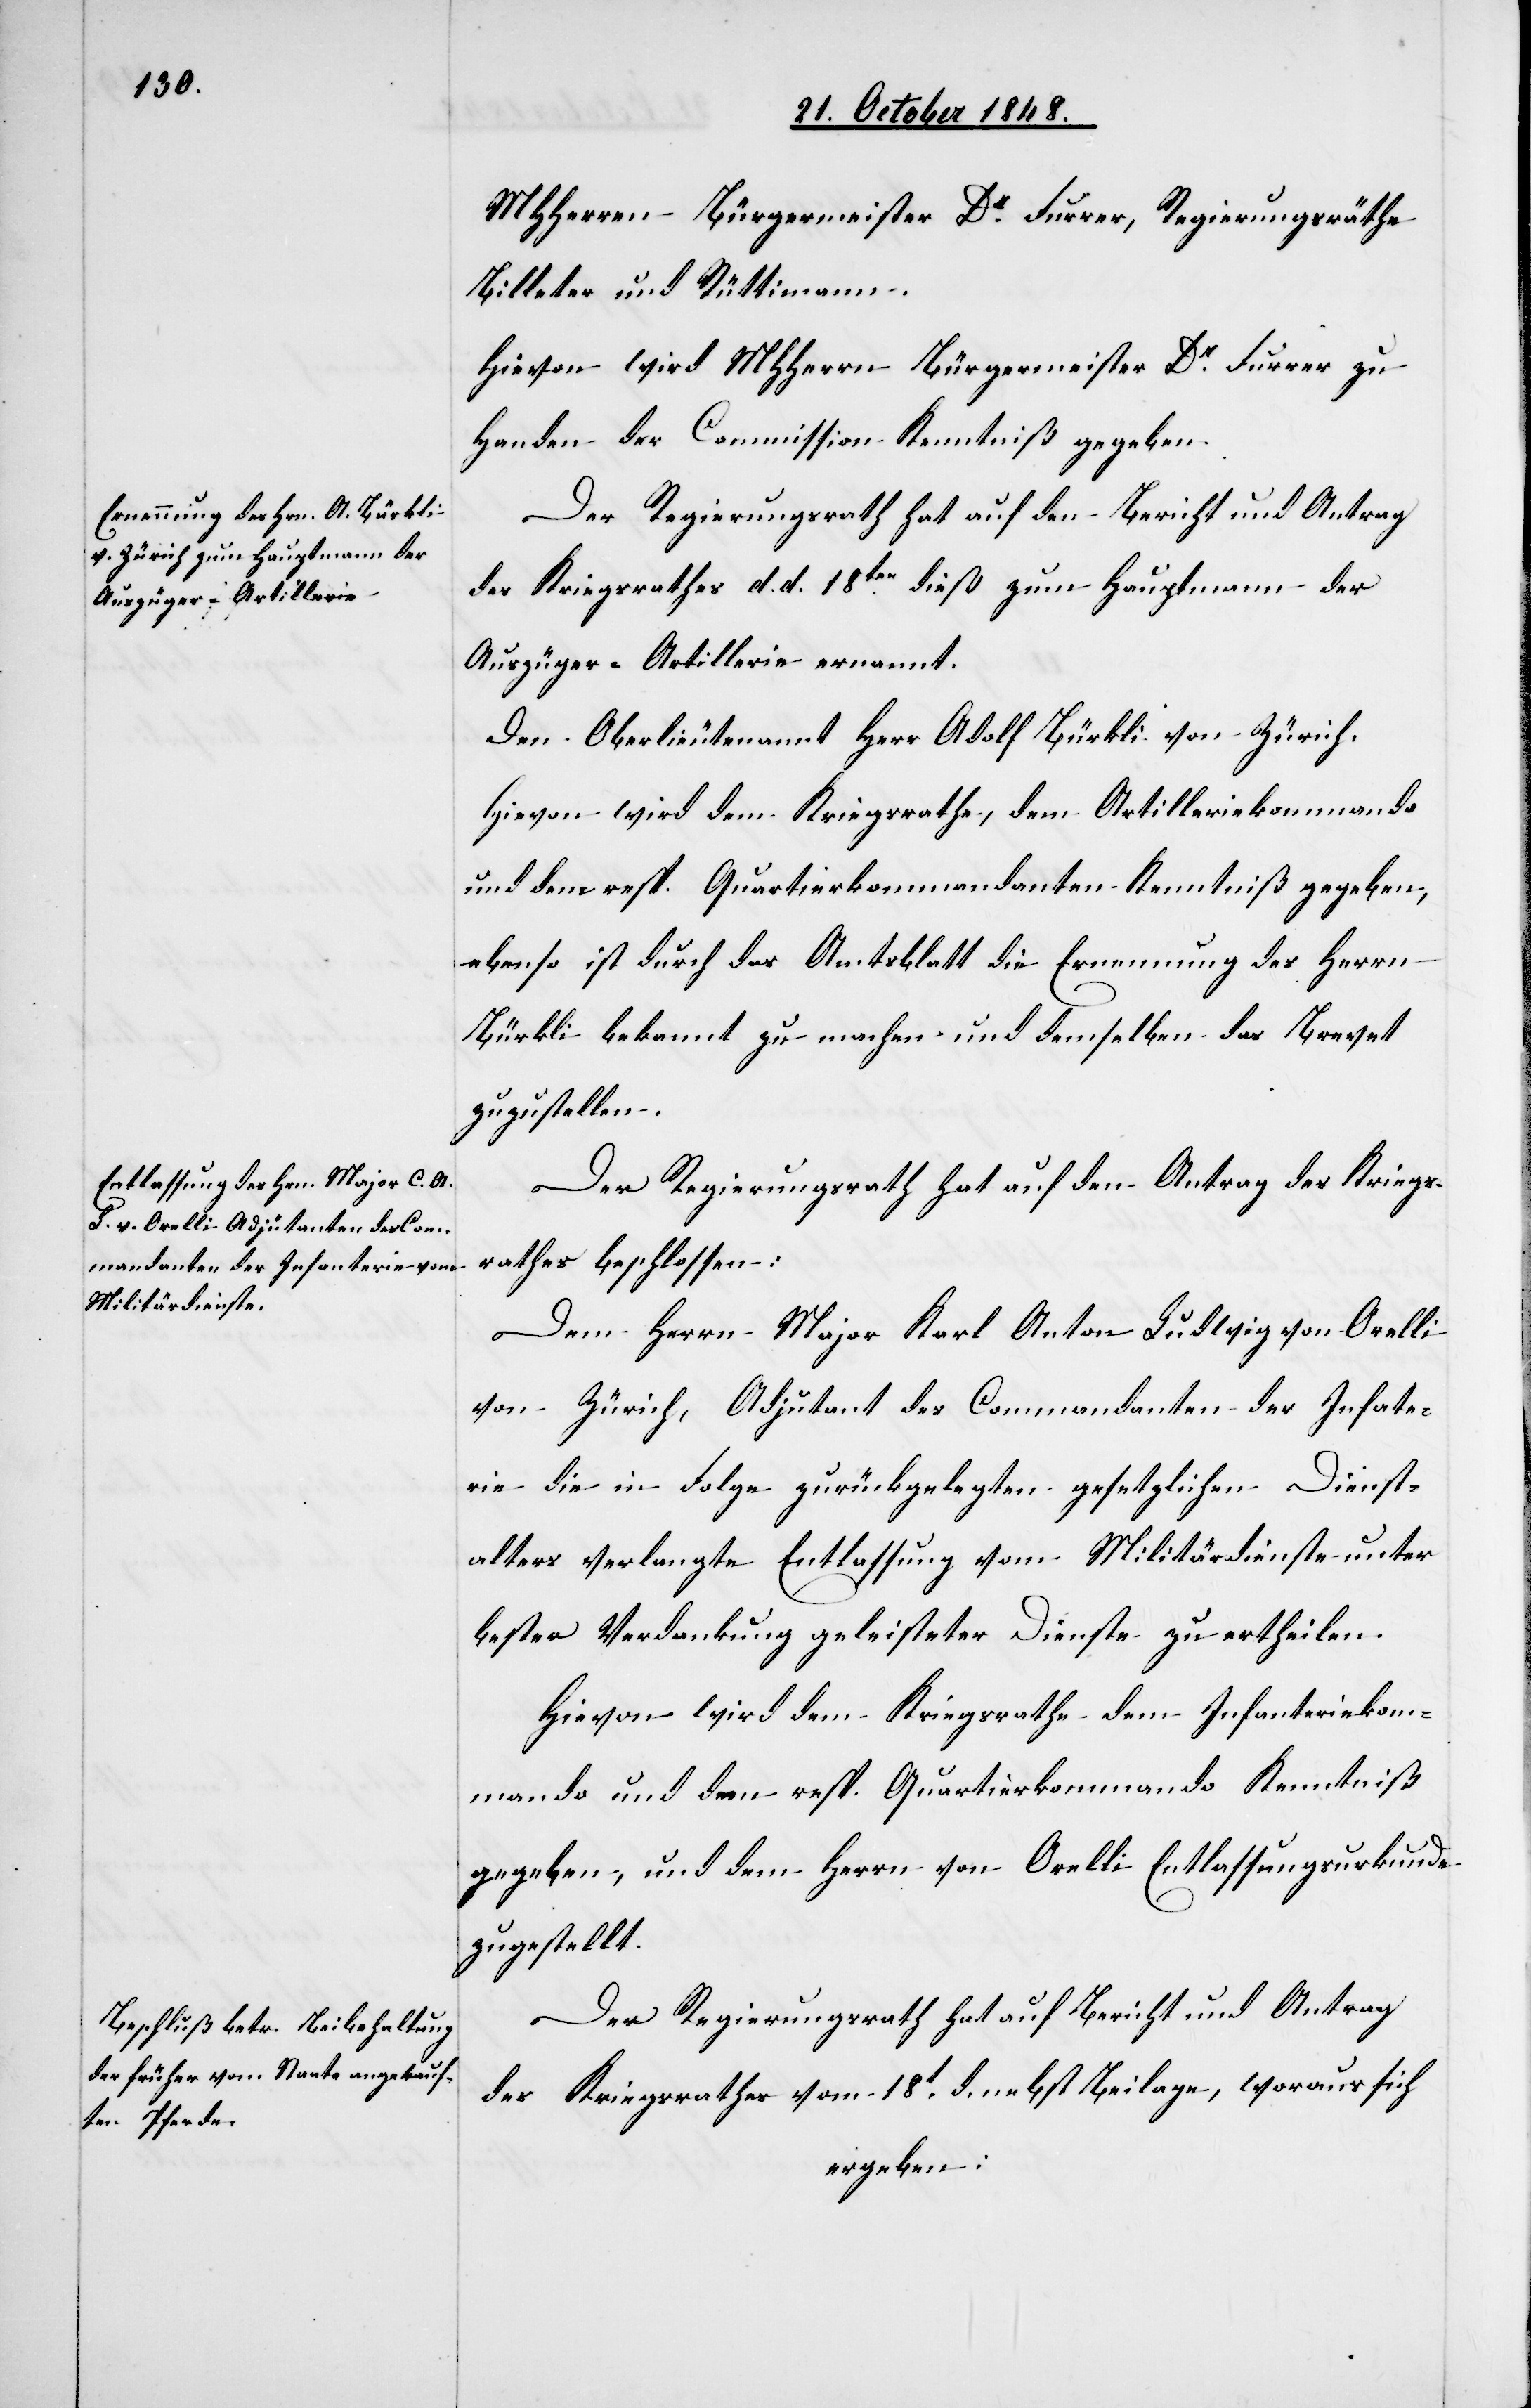
MHHerrn Bürgermeister Dr Furrer, Regierungsräthe
Billeter und Rüttimann.
Hievon wird MHHerrn Bürgermeister Dr Furrer zu
Handen der Commision Kenntniß gegeben.
Der Regierungsrath hat auf den Bericht und Antrag
des Kriegsrathes d. d. 18ten dieß zum Hauptmann der
Auszüger-Artillerie ernannt.
Den Oberlieutenant Herr Adolf Bürkli von Zürich.
Hievon wird dem Kriegsrathe, dem Artilleriekommando
und dem resp. Quartierkommandanten Kenntniß gegeben,
ebenso ist durch das Amtsblatt die Ernennung des Herrn
Bürkli bekannt zu machen und demselben das Brevet
zuzustellen.
Der Regierungsrath hat den Antrag des Kriegs¬
rathes beschlossen:
Dem Herrn Major Karl Anton Ludwig von Orelli
von Zürich, Adjutant des Commandanten der Infa[n]te¬
rie die in Folge zurückgelegten gesetzlichen Dienst¬
alters verlangte Entlassung vom Militärdienste unter
bester Verdankung geleisteter Dienste zu ertheilen.
Hievon wird dem Kriegsrathe dem Infanteriekom¬
mando und dem resp. Quartierkommando Kenntniß
gegeben, und dem Herrn von Orelli Entlassungsurkunde
zugestellt.
Der Regierungsrath hat auf Bericht und Antrag
des Kriegsrathes vom 18t d. nebst Beilage, woraus sich
ergeben: